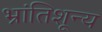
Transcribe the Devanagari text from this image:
भ्रांतिशून्य